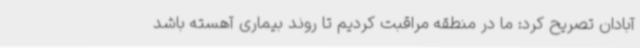
آبادان تصریح کرد: ما در منطقه مراقبت کردیم تا روند بیماری آهسته باشد